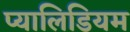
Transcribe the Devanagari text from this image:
प्यालिडियम